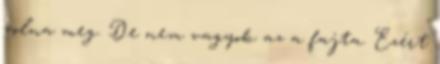
volna meg. De nem vagyok az a fajta. Ezért